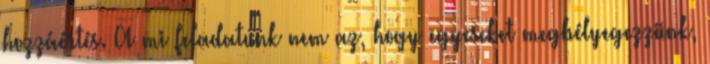
hozzáértés. A mi feladatunk nem az, hogy egyeseket megbélyegezzünk,